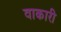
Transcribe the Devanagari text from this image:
वाकारी